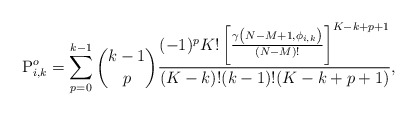
\begin{align*}\mathrm{P}^o_{i,k} = \sum^{k-1}_{p=0}{k-1 \choose p} \frac{(-1)^p K!\left[\frac{\gamma\left(N-M+1,\phi_{i,k}\right)}{(N-M)!} \right]^{K-k+p+1} }{(K-k)!(k-1)!(K-k+p+1) },\end{align*}